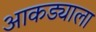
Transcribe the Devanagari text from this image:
आकड्याला